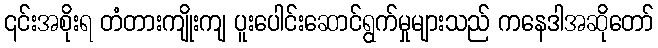
၎င်းအစိုးရ တံတားကျိုးကျ ပူးပေါင်းဆောင်ရွက်မှုများသည် ကနေဒါအဆိုတော်